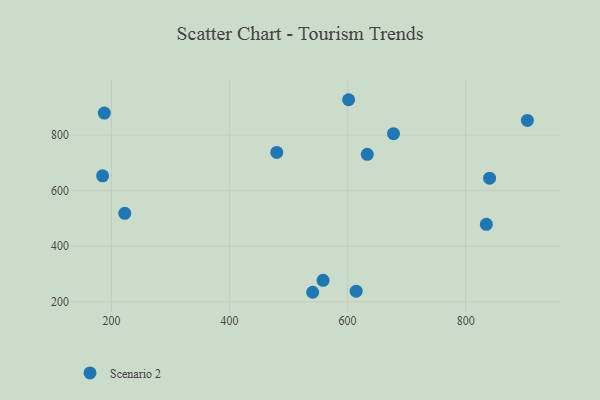
{"axis": {"x": "Experience", "y": "Yield"}, "legend": ["Scenario 2"], "data": [{"x": "614.5", "y": 238.2, "type": "Scenario 2"}, {"x": "633.3", "y": 731.0, "type": "Scenario 2"}, {"x": "677.7", "y": 805.5, "type": "Scenario 2"}, {"x": "558.4", "y": 277.4, "type": "Scenario 2"}, {"x": "840.5", "y": 645.1, "type": "Scenario 2"}, {"x": "187.9", "y": 879.8, "type": "Scenario 2"}, {"x": "540.8", "y": 234.2, "type": "Scenario 2"}, {"x": "185.0", "y": 653.7, "type": "Scenario 2"}, {"x": "835.0", "y": 478.8, "type": "Scenario 2"}, {"x": "601.7", "y": 927.8, "type": "Scenario 2"}, {"x": "904.5", "y": 853.4, "type": "Scenario 2"}, {"x": "480.0", "y": 738.1, "type": "Scenario 2"}, {"x": "222.5", "y": 518.6, "type": "Scenario 2"}]}